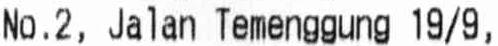
NO.2, JALAN TEMENGGUNG 19/9,